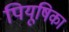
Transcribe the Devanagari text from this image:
पियूषिका